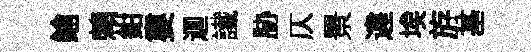
鍮賴鉗婁逥䜟胁仄景違埃斿基